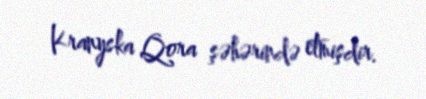
Kranyska Qora şəhərində etmişdir.